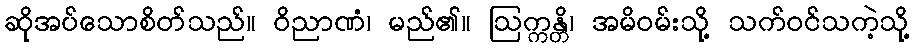
ဆိုအပ်သောစိတ်သည်။ ဝိညာဏံ၊ မည်၏။ ဩက္ကန္တိ၊ အမိဝမ်းသို့ သက်ဝင်သကဲ့သို့